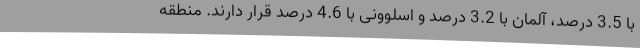
با 3.5 درصد، آلمان با 3.2 درصد و اسلوونی با 4.6 درصد قرار دارند. منطقه